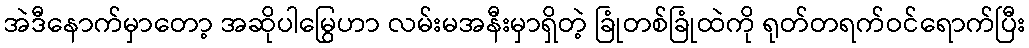
အဲဒီနောက်မှာတော့ အဆိုပါမြွေဟာ လမ်းမအနီးမှာရှိတဲ့ ခြုံတစ်ခြုံထဲကို ရုတ်တရက်ဝင်ရောက်ပြီး